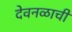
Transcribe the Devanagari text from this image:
देवनळाची